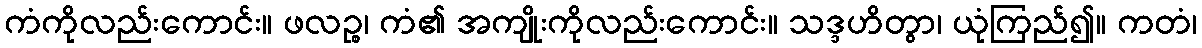
ကံကိုလည်းကောင်း။ ဖလဉ္စ၊ ကံ၏ အကျိုးကိုလည်းကောင်း။ သဒ္ဒဟိတွာ၊ ယုံကြည်၍။ ကတံ၊